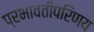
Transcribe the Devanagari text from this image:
प्रभावतीपरिणय